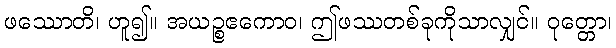
ဖဿောတိ၊ ဟူ၍။ အယဉ္စဧကောဝ၊ ဤဖဿတစ်ခုကိုသာလျှင်။ ဝုတ္တော၊